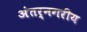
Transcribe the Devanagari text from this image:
अंतर्नगरीय